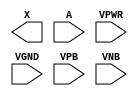
module sky130_fd_sc_hdll__probe_p (
    X   ,
    A   ,
    VPWR,
    VGND,
    VPB ,
    VNB
);

    output X   ;
    input  A   ;
    input  VPWR;
    input  VGND;
    input  VPB ;
    input  VNB ;
endmodule